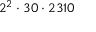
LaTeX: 2 ^ { 2 } \cdot 3 0 \cdot 2 3 1 0